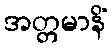
အတ္တမာနိံ